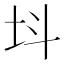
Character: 㘰